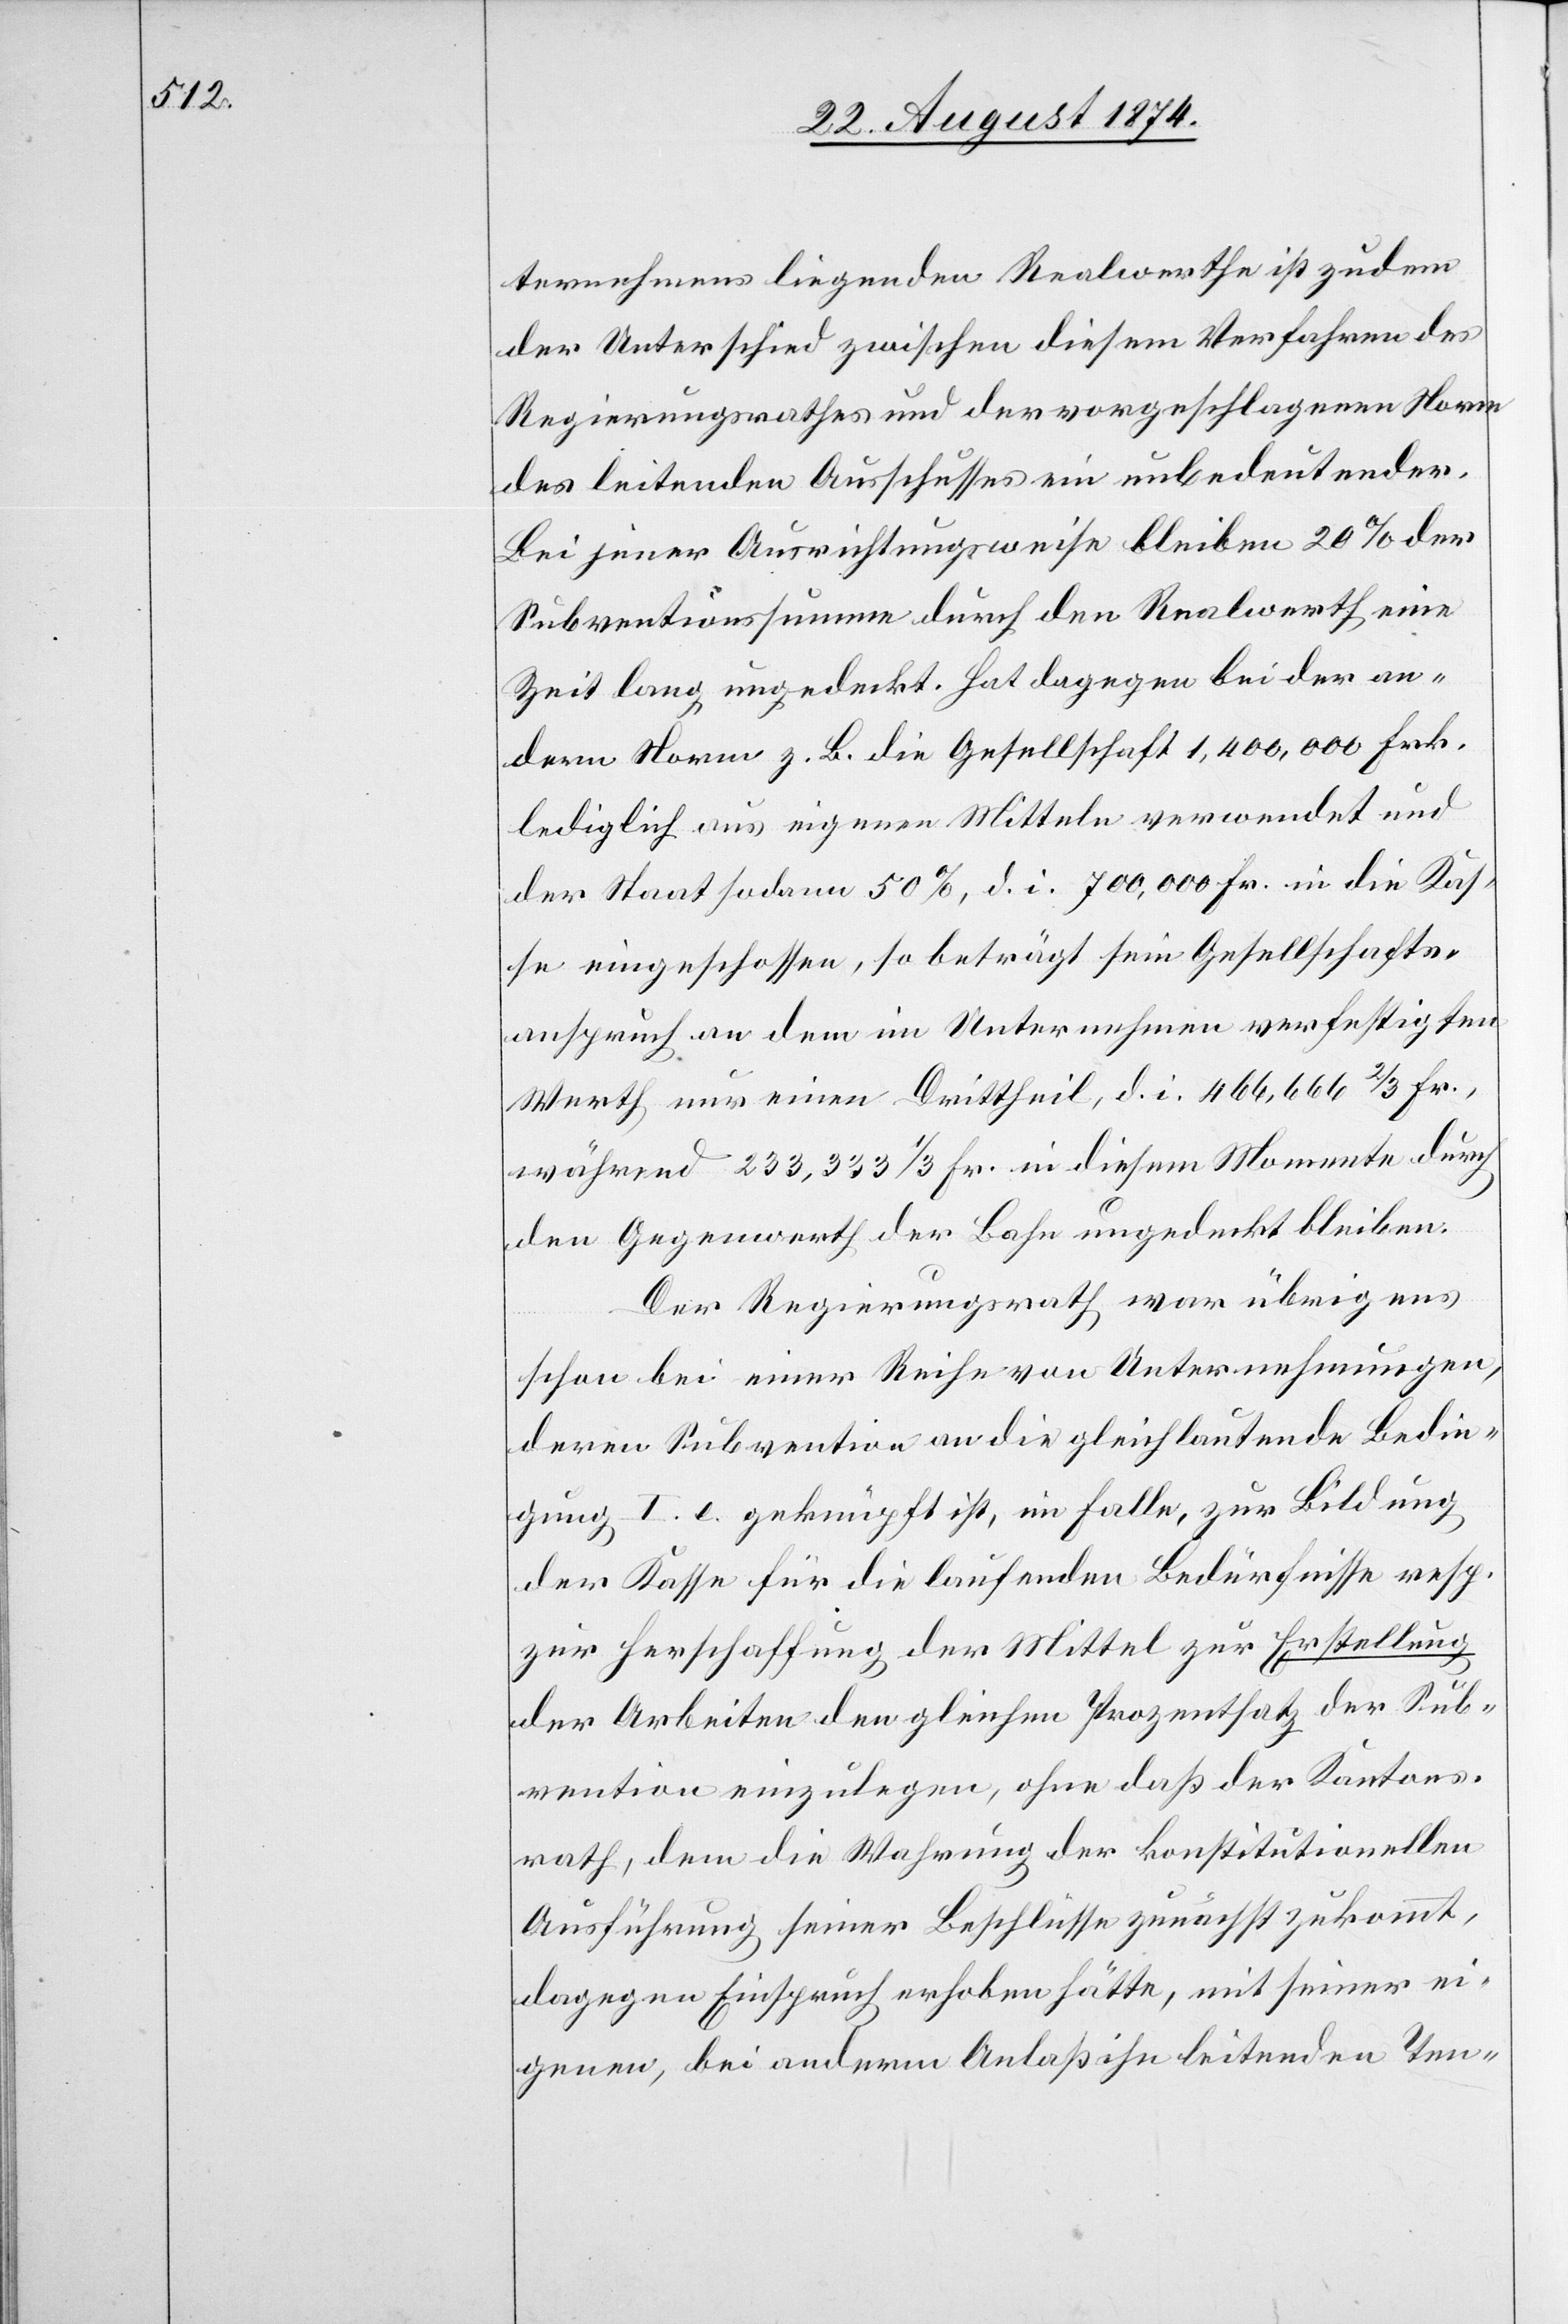
ternehmens liegenden Realwerthe ist zudem
der Unterschied zwischen diesem Verfahren des
Regierungsrathes und der vorgeschlagenen Norm
des leitenden Ausschusses ein unbedeutender.
Bei jener Ausrichtungsweise bleiben 20% der
Subventionssumme durch den Realwerth eine
Zeit lang ungedeckt. Hat dagegen bei der an¬
dern Norm z. B. die Gesellschaft 1,400,000 Frk.
lediglich aus eigenen Mitteln verwendet und
der Staat sodann 50%, d. i. 700,000 Fr. in die Kas¬
se eingeschossen, so beträgt sein Gesellschafts¬
anspruch an dem im Unternehmen verfestigten
Werth nur einen Drittheil, d. i. 466,666 2/3 Fr.,
während 233,333 1/3 Fr. in diesem Momente durch
den Gegenwerth der Bahn ungedeckt bleiben.
Der Regierungsrath war übrigens
schon bei einer Reihe von Unternehmungen,
deren Subvention an die gleichlautende Bedin¬
gung I. e. geknüpft ist, im Falle, zur Bildung
der Kasse für die laufenden Bedürfnisse resp.
zur Herschaffung der Mittel zur Erstellung
der Arbeiten den gleichen Prozentsatz der Sub¬
vention einzulegen, ohne daß der Kantons¬
rath, dem die Wahrung der konstitutionellen
Ausführung seiner Beschlüsse zunächst zukommt,
dagegen Einspruch erhoben hätte, mit seiner ei¬
genen, bei anderm Anlaß ihn leitenden Ten-